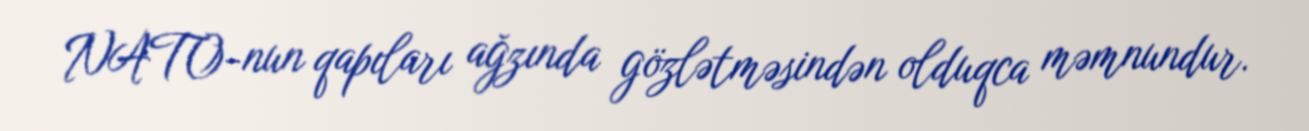
NATO-nun qapıları ağzında gözlətməsindən olduqca məmnundur.